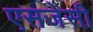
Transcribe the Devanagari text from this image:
एसजेसी